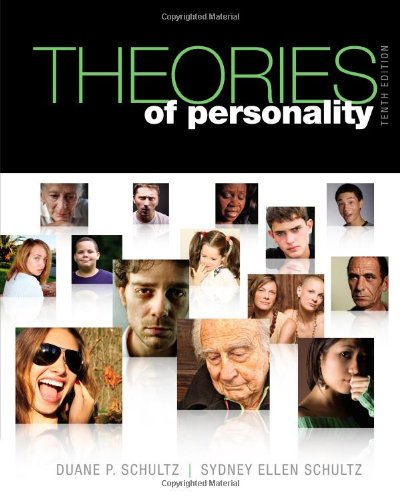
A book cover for Theories of Personality (PSY 235 Theories of Personality); Duane P. Schultz; Health, Fitness & Dieting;